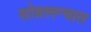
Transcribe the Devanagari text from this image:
सोन्नलग्यात